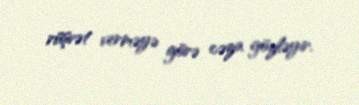
rüşvət verməyə görə cəza gözləyir.